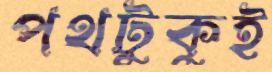
পথটুকুই